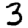
Digit: 3